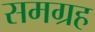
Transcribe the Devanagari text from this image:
समग्रह